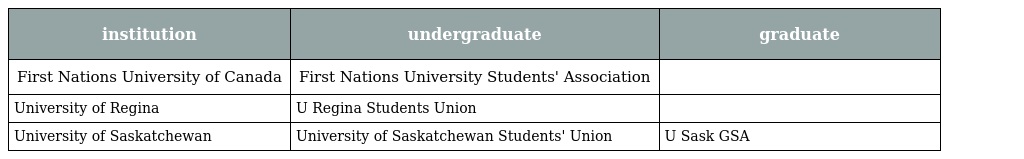
| institution | undergraduate | graduate |
 | --- | --- | --- |
 | First Nations University of Canada | First Nations University Students' Association |  |
 | University of Regina | U Regina Students Union |  |
 | University of Saskatchewan | University of Saskatchewan Students' Union | U Sask GSA |